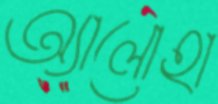
অ্যালোহা